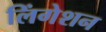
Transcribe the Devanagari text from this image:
लिंगेशन